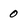
Character: 0